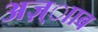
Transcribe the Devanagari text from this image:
अज़्ााब